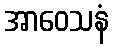
အာဝေသနံ